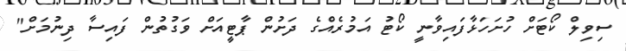
ސިވިލް ކޯޓަށް ހުށަހަޅާފައިވާނީ ކޯޓު އަމުރެއްގެ ދަށުން ޕާޓީއަށް ވަގުތުން ފައިސާ ދިނުމަށް"